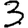
Digit: 3